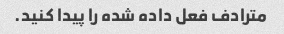
مترادف فعل داده شده را پیدا کنید.